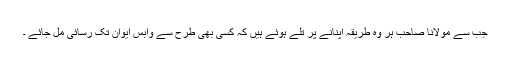
جب سے مولانا صاحب ہر وہ طریقہ اپنانے پر تلے ہوئے ہیں کہ کسی بھی طرح سے وابس ایوان تک رسائی مل جائے ۔